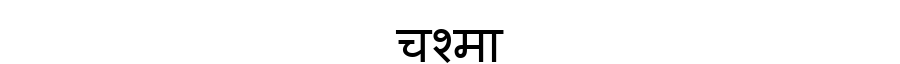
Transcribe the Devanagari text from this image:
चश्मा